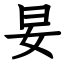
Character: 妟